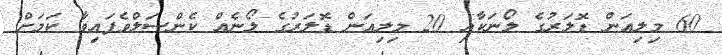
60 މިލިއަން ޑޮލަރުގެ ލޯނަކާއި 20 މިލިއަން ޑޮލަރުގެ ލޯނެއް ކެންސަލްވެފައިވާ ކަމަށް